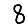
Digit: 8